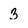
Character: 3